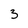
Character: 3